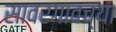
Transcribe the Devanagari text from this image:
सावरगावच्या